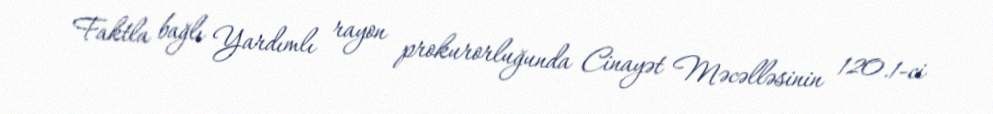
Faktla bağlı Yardımlı rayon prokurorluğunda Cinayət Məcəlləsinin 120.1-ci